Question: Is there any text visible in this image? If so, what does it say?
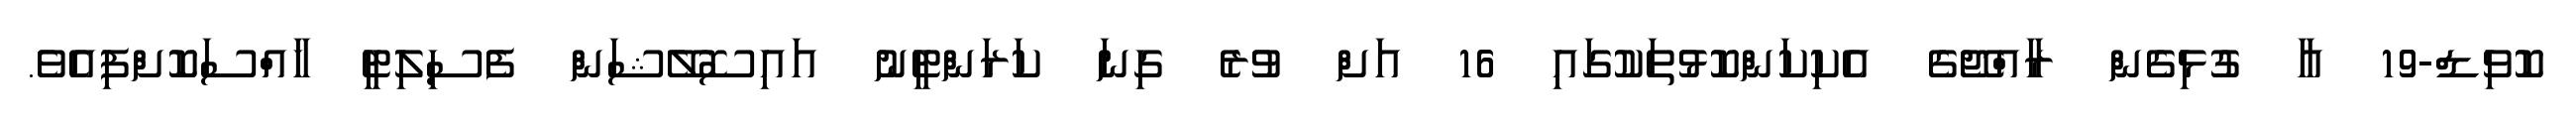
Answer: ކޮވިޑް-19 އާ ގުޅިގެން ރާއްޖޭގެ އެކިކަންކޮޅުތަކުގައި 16 އަށް ވުރެ ގިނަ ކަރަންޓީނު އައިސޮލޭޝަން ފެސިލިޓީ ހާއްސަކޮށްފިއެވެ.